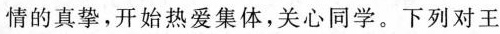
情的真挚，开始热爱集体，关心同学。下列对王